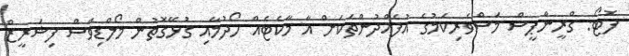
ފޮޓޯ: ގްރީންޕީސް މަސްވެރިކަމުގެ އުފެއްދުންތަކަށް އާ މާކެޓެއް ހޯދުމާއި ގުޅޭގޮތުން މޯލްޑިވްސް ފިޝަރީޒް